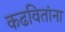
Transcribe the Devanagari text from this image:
कढवितांना